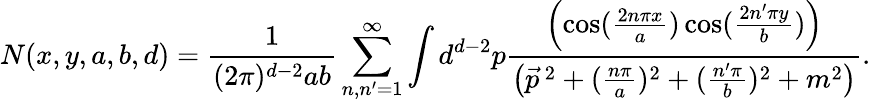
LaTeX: N(x,y,a,b,d)=\frac{1}{(2\pi)^{d-2}ab}\sum_{n,n^{\prime}=1}^{\infty}\int d^{d-2}p\frac{\left(\cos(\frac{2n\pi x}{a})\cos(\frac{2n^{\prime}\pi y}{b})\right)}{\left(\vec{p}^{\, 2}+(\frac{n\pi}{a})^{2}+(\frac{n^{\prime}\pi}{b})^{2}+m^{2}\right)}.